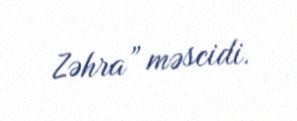
Zəhra” məscidi.